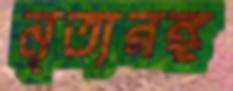
নৃত্যরঙ্গ